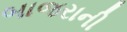
બાજરાની